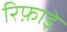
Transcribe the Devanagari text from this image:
रिफ़ाइे